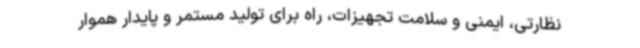
نظارتی، ایمنی و سلامت تجهیزات، راه برای تولید مستمر و پایدار هموار